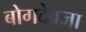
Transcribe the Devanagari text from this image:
बोगदेवजा